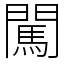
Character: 闖